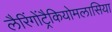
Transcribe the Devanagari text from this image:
लैरिंगोंट्रैकियोमलासिया